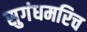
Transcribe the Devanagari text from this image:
सुगंधमरिच